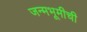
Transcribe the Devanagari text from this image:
जन्मभूमीची